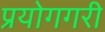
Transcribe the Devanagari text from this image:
प्रयोगगरी